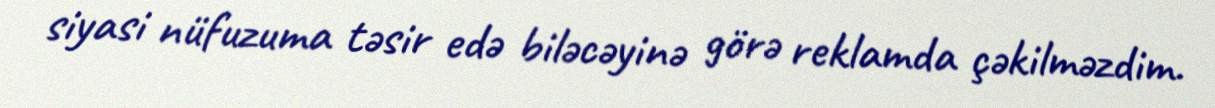
siyasi nüfuzuma təsir edə biləcəyinə görə reklamda çəkilməzdim.